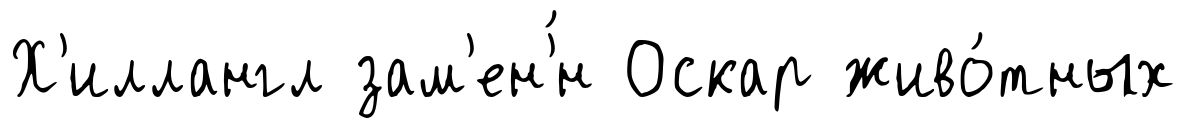
Х'иллангл зам'ен'́н Оскар живо́тных